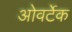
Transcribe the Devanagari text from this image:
ओवर्टेक